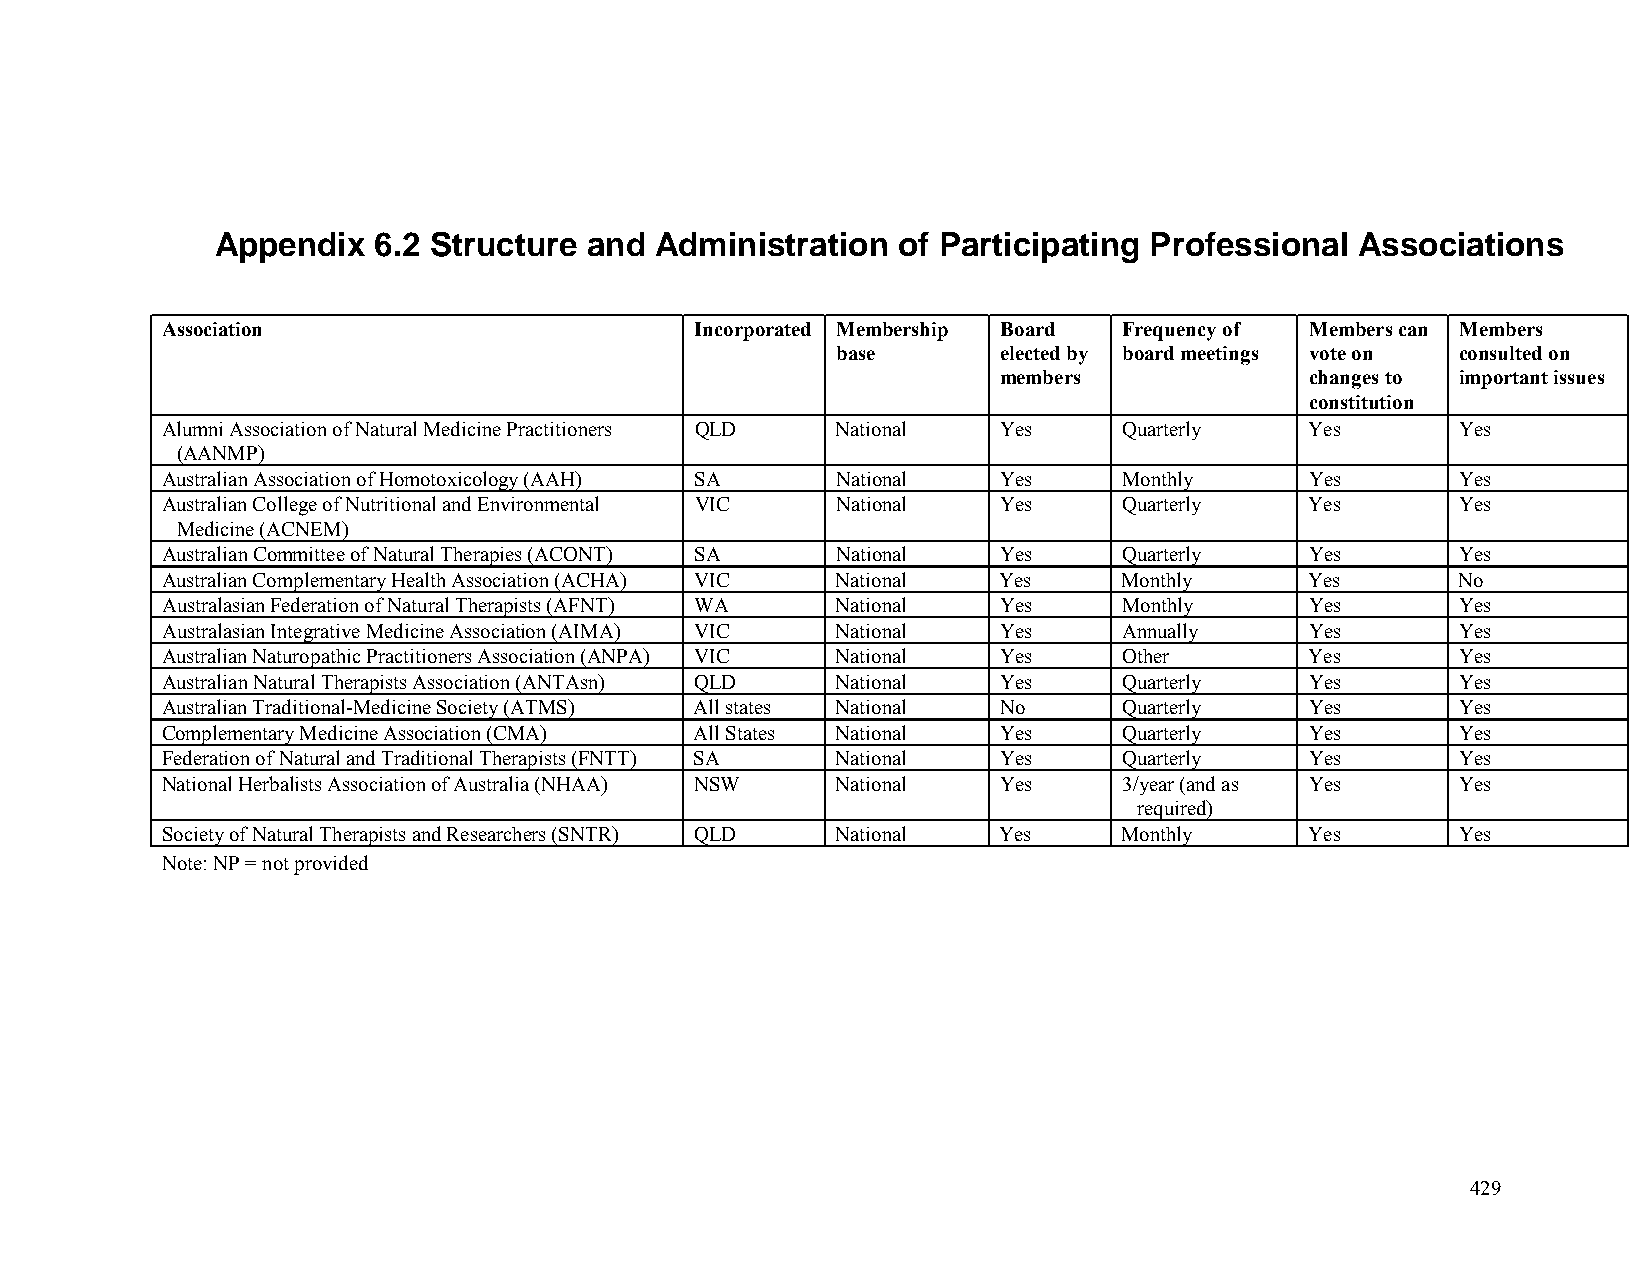
Appendix   6.2 Structure and Administration  of Participating Professional  Associations
 Association                        Incorporated Membership Board Frequency of Members can Members
 base       elected by board meetings vote on consulted on
 members              changes to important issues
 constitution
 Alumni Association of Natural Medicine Practitioners QLD National Yes Quarterly Yes   Yes
 (AANMP)
 Australian Association of Homotoxicology (AAH) SA National Yes Monthly      Yes       Yes
 Australian College of Nutritional and Environmental VIC National Yes Quarterly Yes    Yes
 Medicine (ACNEM)
 Australian Committee of Natural Therapies (ACONT) SA National Yes Quarterly Yes       Yes
 Australian Complementary Health Association (ACHA) VIC National Yes Monthly Yes       No
 Australasian Federation of Natural Therapists (AFNT) WA National Yes Monthly Yes      Yes
 Australasian Integrative Medicine Association (AIMA) VIC National Yes Annually Yes    Yes
 Australian Naturopathic Practitioners Association (ANPA) VIC National Yes Other Yes   Yes
 Australian Natural Therapists Association (ANTAsn) QLD National Yes Quarterly Yes     Yes
 Australian Traditional-Medicine Society (ATMS) All states National No Quarterly Yes   Yes
 Complementary Medicine Association (CMA) All States National Yes Quarterly  Yes       Yes
 Federation of Natural and Traditional Therapists (FNTT) SA National Yes Quarterly Yes Yes
 National Herbalists Association of Australia (NHAA) NSW National Yes 3/year (and as Yes Yes
 required)
 Society of Natural Therapists and Researchers (SNTR) QLD National Yes Monthly Yes     Yes
 Note: NP = not provided
 429